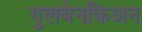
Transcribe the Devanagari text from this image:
गुलबेनकिअन